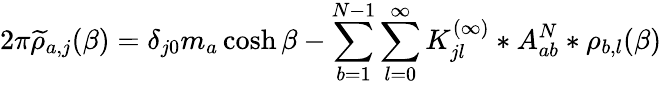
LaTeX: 2\pi\widetilde{\rho}_{a,j}(\beta)=\delta_{j0}m_{a}\cosh\beta-\sum_{b=1}^{N-1}\sum_{l=0}^{\infty}{K_{jl}^{(\infty)}}*A_{ab}^{N}*\rho_{b,l}(\beta)